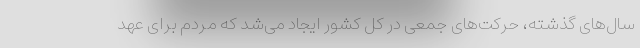
سال‌های گذشته، حرکت‌های جمعی در کل کشور ایجاد می‌شد که مردم برای عهد